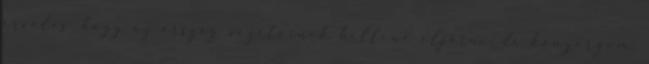
érvelés, hogy az ország vezetőinek kellene eljárni, de könyörgöm,